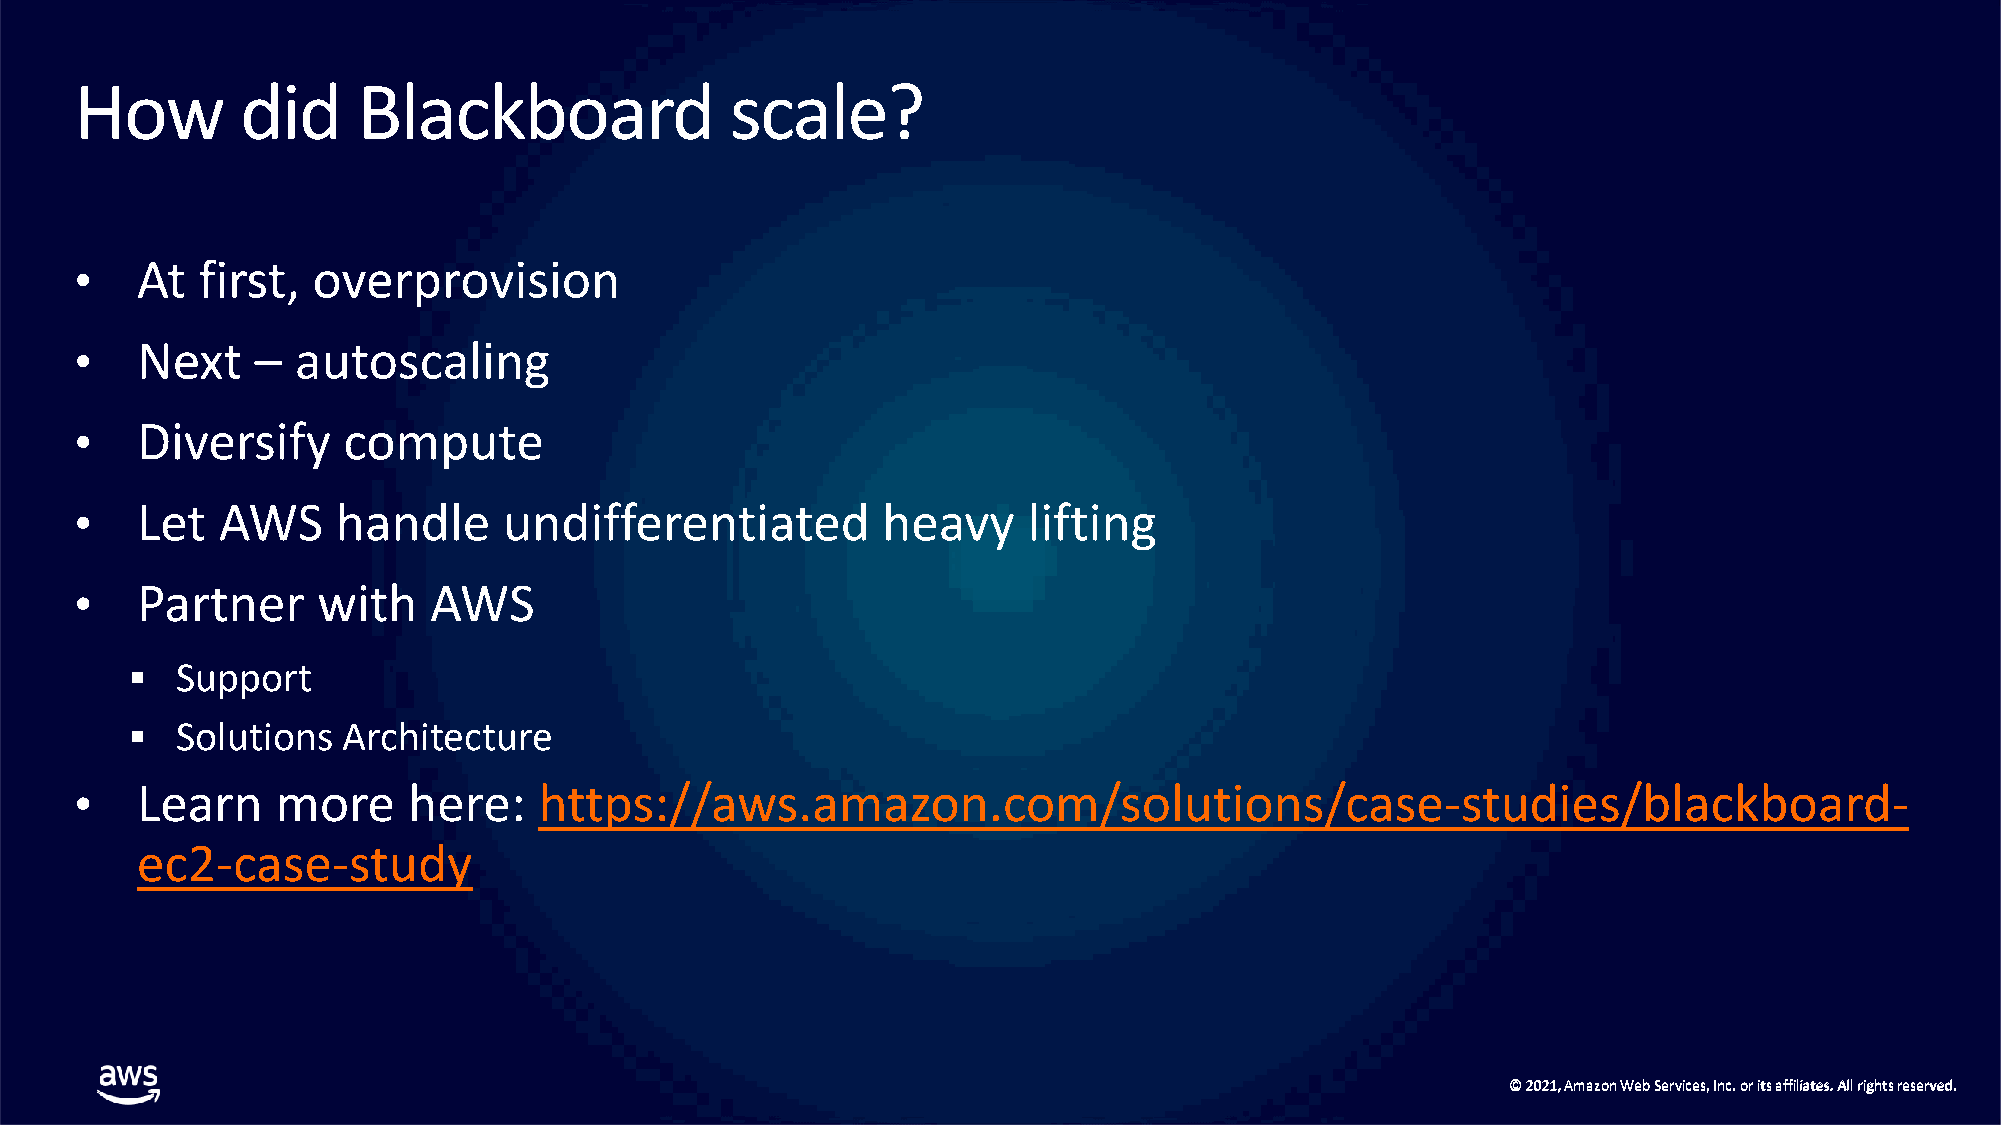
How        did     Blackboard              scale?
 •   At  first,  overprovision
 •   Next    –  autoscaling
 •   Diversify     compute
 •   Let  AWS     handle     undifferentiated         heavy     lifting
 •   Partner     with   AWS
 ▪  Support
 ▪  Solutions  Architecture
 •   Learn    more     here:    https://aws.amazon.com/solutions/case-studies/blackboard-
 ec2-case-study
 ©© 22002211,, AAmmaazzoonn WWeebb SSeerrvviicceess,, IInncc.. oorr iittss aaffffiilliiaatteess.. AAllll rriigghhttss rreesseerrvveedd..